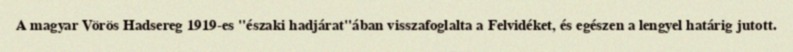
A magyar Vörös Hadsereg 1919-es "északi hadjárat"ában visszafoglalta a Felvidéket, és egészen a lengyel határig jutott.